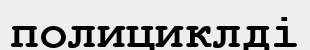
полициклді